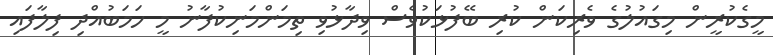
މީގެކުރީން މިގައުލުގެ ވެރިކަން ކުރި ބޭފުޅަކުވެސް ވިދާޅުވި ތިމަންމަނިކުފާނު މީ ހަމަބުއްދިި ފިލާފައި